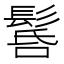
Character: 䯺